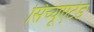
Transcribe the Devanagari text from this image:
सिच्यूएटेड